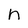
Character: n